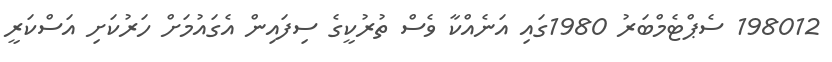
198012 ސެޕްޓެމްބަރު 1980ގައި އަނެއްކާ ވެސް ތުރުކީގެ ސިފައިން އެގައުމަށް ހަރުކަށި އަސްކަރީ